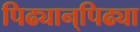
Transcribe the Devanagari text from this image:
पिढ्यान्‌पिढ्या